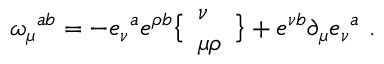
\omega _ { \mu } { } ^ { a b } = - e _ { \nu } { } ^ { a } e ^ { \rho b } \bigl \{ \begin{array} { l } { { \nu } } \\ { { \mu \rho } } \end{array} \bigr \} + e ^ { \nu b } \partial _ { \mu } e _ { \nu } { } ^ { a } \ .